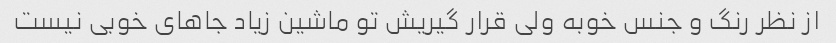
از نظر رنگ و جنس خوبه ولی قرار گیریش تو ماشین زیاد جاهای خوبی نیست